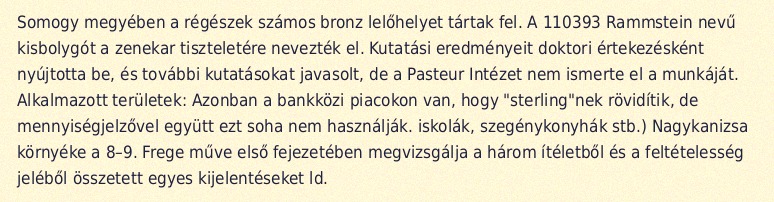
Somogy megyében a régészek számos bronz lelőhelyet tártak fel. A 110393 Rammstein nevű kisbolygót a zenekar tiszteletére nevezték el. Kutatási eredményeit doktori értekezésként nyújtotta be, és további kutatásokat javasolt, de a Pasteur Intézet nem ismerte el a munkáját. Alkalmazott területek: Azonban a bankközi piacokon van, hogy "sterling"nek rövidítik, de mennyiségjelzővel együtt ezt soha nem használják. iskolák, szegénykonyhák stb.) Nagykanizsa környéke a 8–9. Frege műve első fejezetében megvizsgálja a három ítéletből és a feltételesség jeléből összetett egyes kijelentéseket ld.